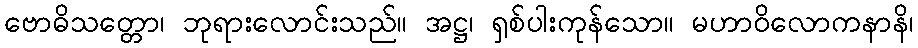
ဗောဓိသတ္တော၊ ဘုရားလောင်းသည်။ အဋ္ဌ၊ ရှစ်ပါးကုန်သော။ မဟာဝိလောကနာနိ၊